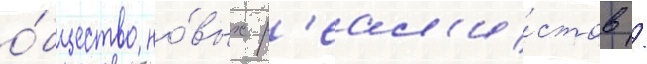
о́бщество но́вых р'еал'и́стов /